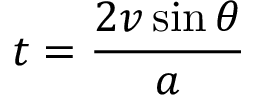
t = { \frac { 2 v \sin \theta } { a } }